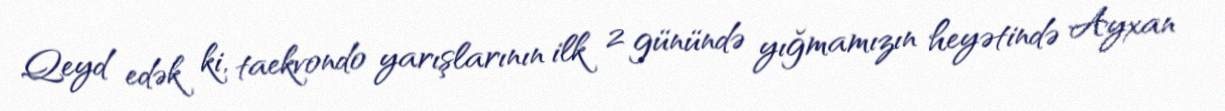
Qeyd edək ki, taekvondo yarışlarının ilk 2 günündə yığmamızın heyətində Ayxan